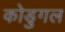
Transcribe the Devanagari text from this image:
कोडुगल